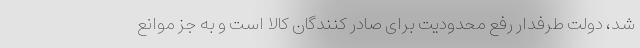
شد، دولت طرفدار رفع محدودیت برای صادر کنندگان کالا است و به جز موانع